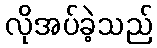
လိုအပ်ခဲ့သည်